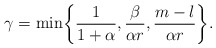
\begin{align*}\gamma=\min\biggl\{\frac{1}{1+\alpha},\frac{\beta}{\alpha r}, \frac{m-l}{\alpha r}\biggr\}.\end{align*}